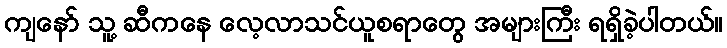
ကျနော် သူ့ ဆီကနေ လေ့လာသင်ယူစရာတွေ အများကြီး ရရှိခဲ့ပါတယ်။